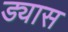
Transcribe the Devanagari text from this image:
ड्यास